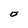
Character: O